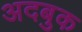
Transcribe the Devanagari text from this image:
अदबुक